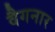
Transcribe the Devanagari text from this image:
वैगनार